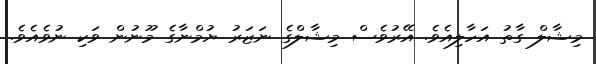
މިޝާލް ގާތު އަހާލިއެވެ. އޭރުވެސް މިޝާލްގެ ނަޒަރު ޔުމްނާގެ މޫނުން ވަކި ނުވެއެވެ.